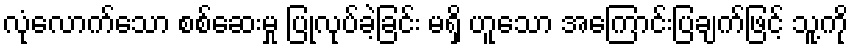
လုံလောက်သော စစ်ဆေးမှု ပြုလုပ်ခဲ့ခြင်း မရှိ ဟူသော အကြောင်းပြချက်ဖြင့် သူ့ကို